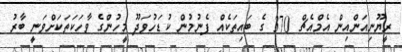
ރީޔޫނިއަންއިން އެމްއެޗް 370 ގެ ބައިތަކެއް ފެނުމުން ކުޑަހުވަދޫ މީހުންގެ ވާހަކަތަކަށްވަނީ ބާރު